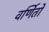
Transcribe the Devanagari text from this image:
वर्णितो